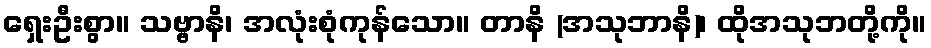
ရှေးဦးစွာ။ သဗ္ဗာနိ၊ အလုံးစုံကုန်သော။ တာနိ (အသုဘာနိ)၊ ထိုအသုဘတို့ကို။